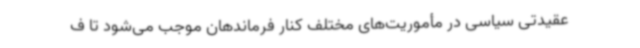
عقیدتی سیاسی در مأموریت‌های مختلف کنار فرماندهان موجب می‌شود تا ف